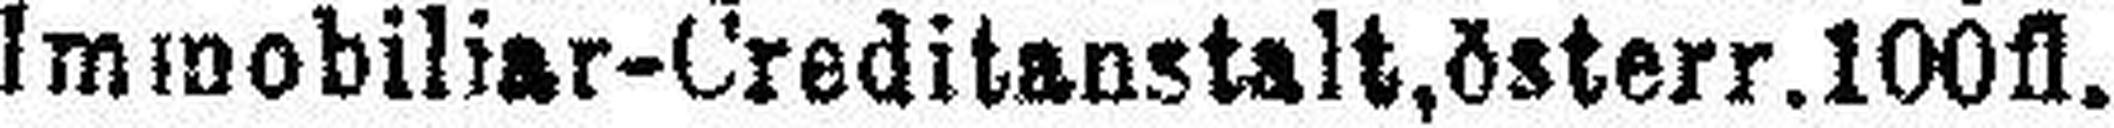
Immobiliar-Creditanstalt, österr. 100fl.